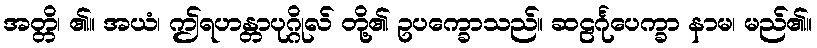
အတ္တိ၊ ၏။ အယံ၊ ဤရဟန္တာပုဂ္ဂိုလ် တို့၏ ဥပက္ခောသည်။ ဆဠင်္ဂုပေက္ခာ နာမ၊ မည်၏။